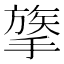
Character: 𢳈